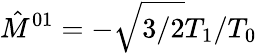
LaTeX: \hat{M}^{01}=-\sqrt{3/2}T_{1}/T_{0}